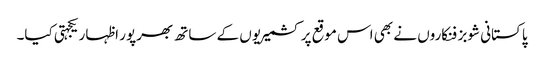
پاکستانی شوبز فنکاروں نے بھی اس موقع پر کشمیریوں کے ساتھ بھرپور اظہار یکجہتی کیا۔